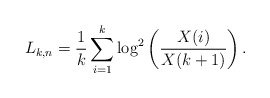
\begin{align*}L_{k,n}=\frac{1}{k}\sum_{i=1}^{k}\log^2\left(\frac{X(i)}{X(k+1)}\right).\end{align*}